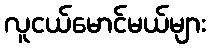
လူငယ်မောင်မယ်များ